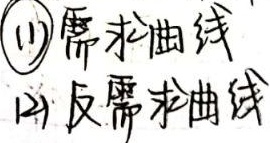
(1) 需求曲线
(2) 反需求曲线